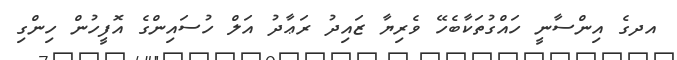
އދގެ އިންސާނީ ހައްގުތަކާބެހޭ ވެރިޔާ ޒައިދު ރަޢާދު އަލް ހުސައިންގެ އޮފީހުން ހިންގި